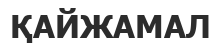
ҚАЙЖАМАЛ